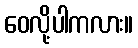
ဝေလို့ပါကလား။